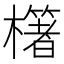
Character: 櫡